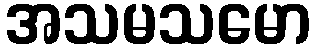
အသမသမော